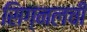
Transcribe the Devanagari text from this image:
सिग्नलची